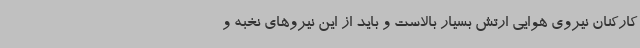
کارکنان نیروی هوایی ارتش بسیار بالاست و باید از این نیروهای نخبه و